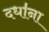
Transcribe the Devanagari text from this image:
दधा॑ना